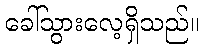
ခေါ်သွားလေ့ရှိသည်။